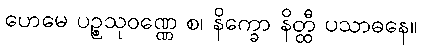
ဟေမေ ပဉ္စသုဝဏ္ဏေ စ၊ နိက္ခော နိတ္ထီ ပသာဓနေ။